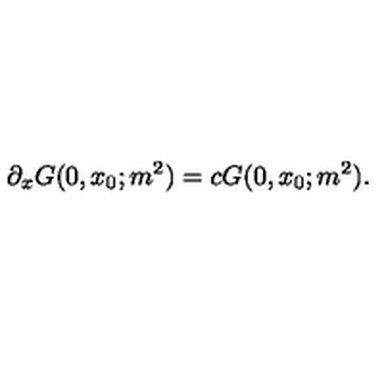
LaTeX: \partial _ { x } G ( 0 , x _ { 0 } ; m ^ { 2 } ) = c G ( 0 , x _ { 0 } ; m ^ { 2 } ) .